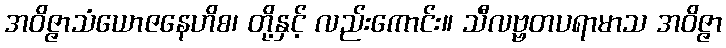
အဝိဇ္ဇာသံယောဇနေဟိစ၊ တို့နှင့် လည်းကောင်း။ သီလဗ္ဗတပရာမာသ အဝိဇ္ဇာ